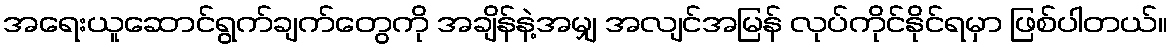
အရေးယူဆောင်ရွက်ချက်တွေကို အချိန်နဲ့အမျှ အလျင်အမြန် လုပ်ကိုင်နိုင်ရမှာ ဖြစ်ပါတယ်။